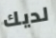
لديك